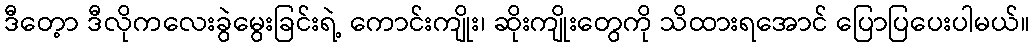
ဒီတေ့ာ ဒီလိုကလေးခွဲမွေးခြင်းရဲ့ ကောင်းကျိုး၊ ဆိုးကျိုးတွေကို သိထားရအောင် ပြောပြပေးပါမယ်။